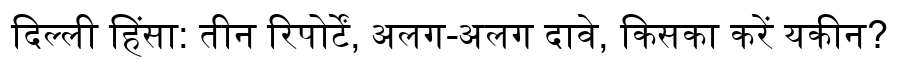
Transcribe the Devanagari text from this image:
दिल्ली हिंसा: तीन रिपोर्टें, अलग-अलग दावे, किसका करें यकीन?